Black-water fever - Number 35
Disease focus: Fever
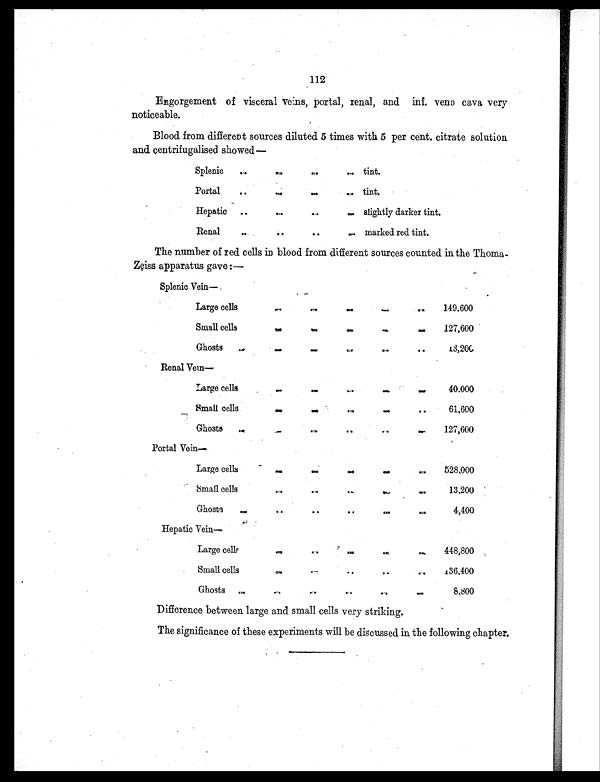
112
Engorgement of visceral veins, portal, renal, and inf. vena cava very
noticeable.
Blood from different sources diluted 5 times with 5 per cent. citrate solution
and. centrifugalised showed —
Splenic
..
. .
. .
..
tint.
Portal
. .
.,
. .
..
tint.
Hepatic ..
. .
. .
..
slightly darker tint.
Renal
. .
. .
..
... marked red tint.
The number of red cells in blood from different sources counted in the Thoma-
Zeiss apparatus gave :—
Splenic Vein—
Large cells
. .
. .
. .
. .
..
149.600
Small cells
. .
. .
. .
. .
. .
127,600
Ghosts
..
. .
. .
. .
. .
..
13,200
Renal Vein—
Large cells
. .
. .
. .
. .
. .
40.000
Small cells
. .
. .
. .
. .
. .
61,600
Ghosts
..
. .
. .
. .
. .
. .
127,600
Portal Vein—
Large cells
. .
. .
. .
. .
528,000
Small cells
. .
. .
. .
..
..
13,200
Ghosts
..
. .
. .
. .
. .
..
4,400
Hepatic Vein—
Large cells
. .
..
. .
. .
. .
448,800
Small cells
. .
. .
..
..
. .
136,400
Ghosts ..
..
..
..
..
. .
8,800
Difference between large and small cells very striking.
The significance of these experiments will be discussed in the following chapter.